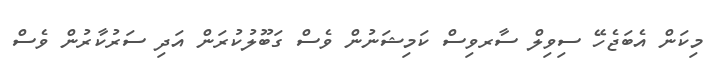
މިކަން އެބަޖެހޭ ސިވިލް ސާރވިސް ކަމިޝަނުން ވެސް ގަބޫލުކުރަން އަދި ސަރުކާރުން ވެސް